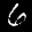
Label: 6